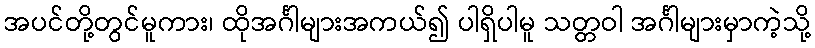
အပင်တို့တွင်မူကား၊ ထိုအင်္ဂါများအကယ်၍ ပါရှိပါမူ သတ္တဝါ အင်္ဂါများမှာကဲ့သို့